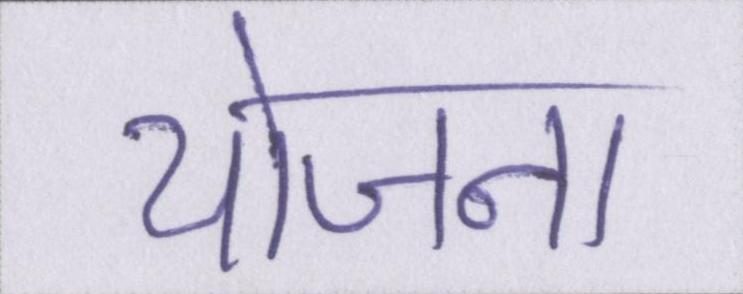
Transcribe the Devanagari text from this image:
योजना